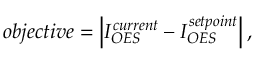
o b j e c t i v e = \left| I _ { O E S } ^ { c u r r e n t } - I _ { O E S } ^ { s e t p o i n t } \right| ,